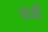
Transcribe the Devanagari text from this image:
फंडी